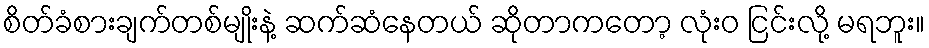
စိတ်ခံစားချက်တစ်မျိုးနဲ့ ဆက်ဆံနေတယ် ဆိုတာကတော့ လုံးဝ ငြင်းလို့ မရဘူး။